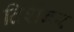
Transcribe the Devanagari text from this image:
दिशंबर